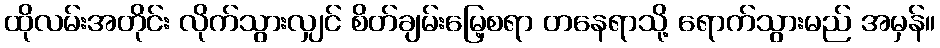
ထိုလမ်းအတိုင်း လိုက်သွားလျှင် စိတ်ချမ်းမြေ့စရာ တနေရာသို့ ရောက်သွားမည် အမှန်။